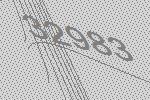
32983